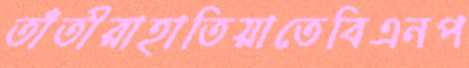
তাঁতীরাহাতিয়াতেবিএনপ